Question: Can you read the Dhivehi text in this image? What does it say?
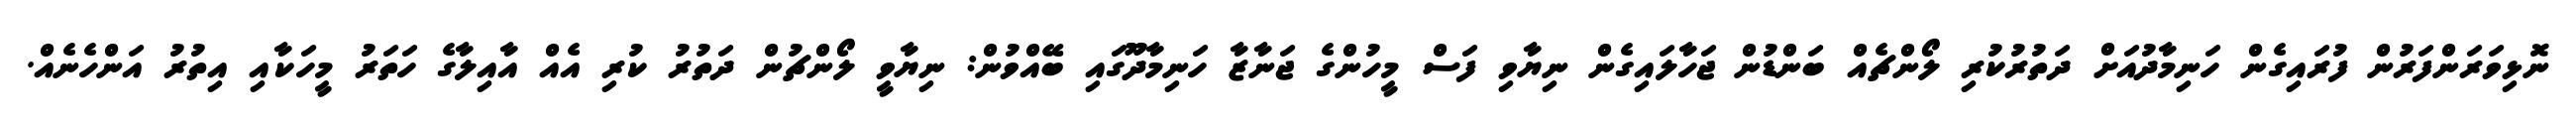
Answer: ނޮޅިވަރަންފަރުން ފުރައިގެން ހަނިމާދުއަށް ދަތުރުކުރި ލޯންޗެއް ބަންޑުން ޖަހާލައިގެން ނިޔާވި ފަސް މީހުންގެ ޖަނާޒާ ހަނިމާދޫގައި ބޭއްވުން: ނިޔާވީ ލޯންޗުން ދަތުރު ކުރި އެއް އާއިލާގެ ހަތަރު މީހަކާއި އިތުރު އަންހެނެއް.